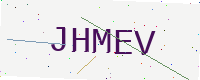
Text: JHMEV